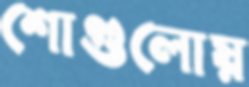
শোগুলোয়